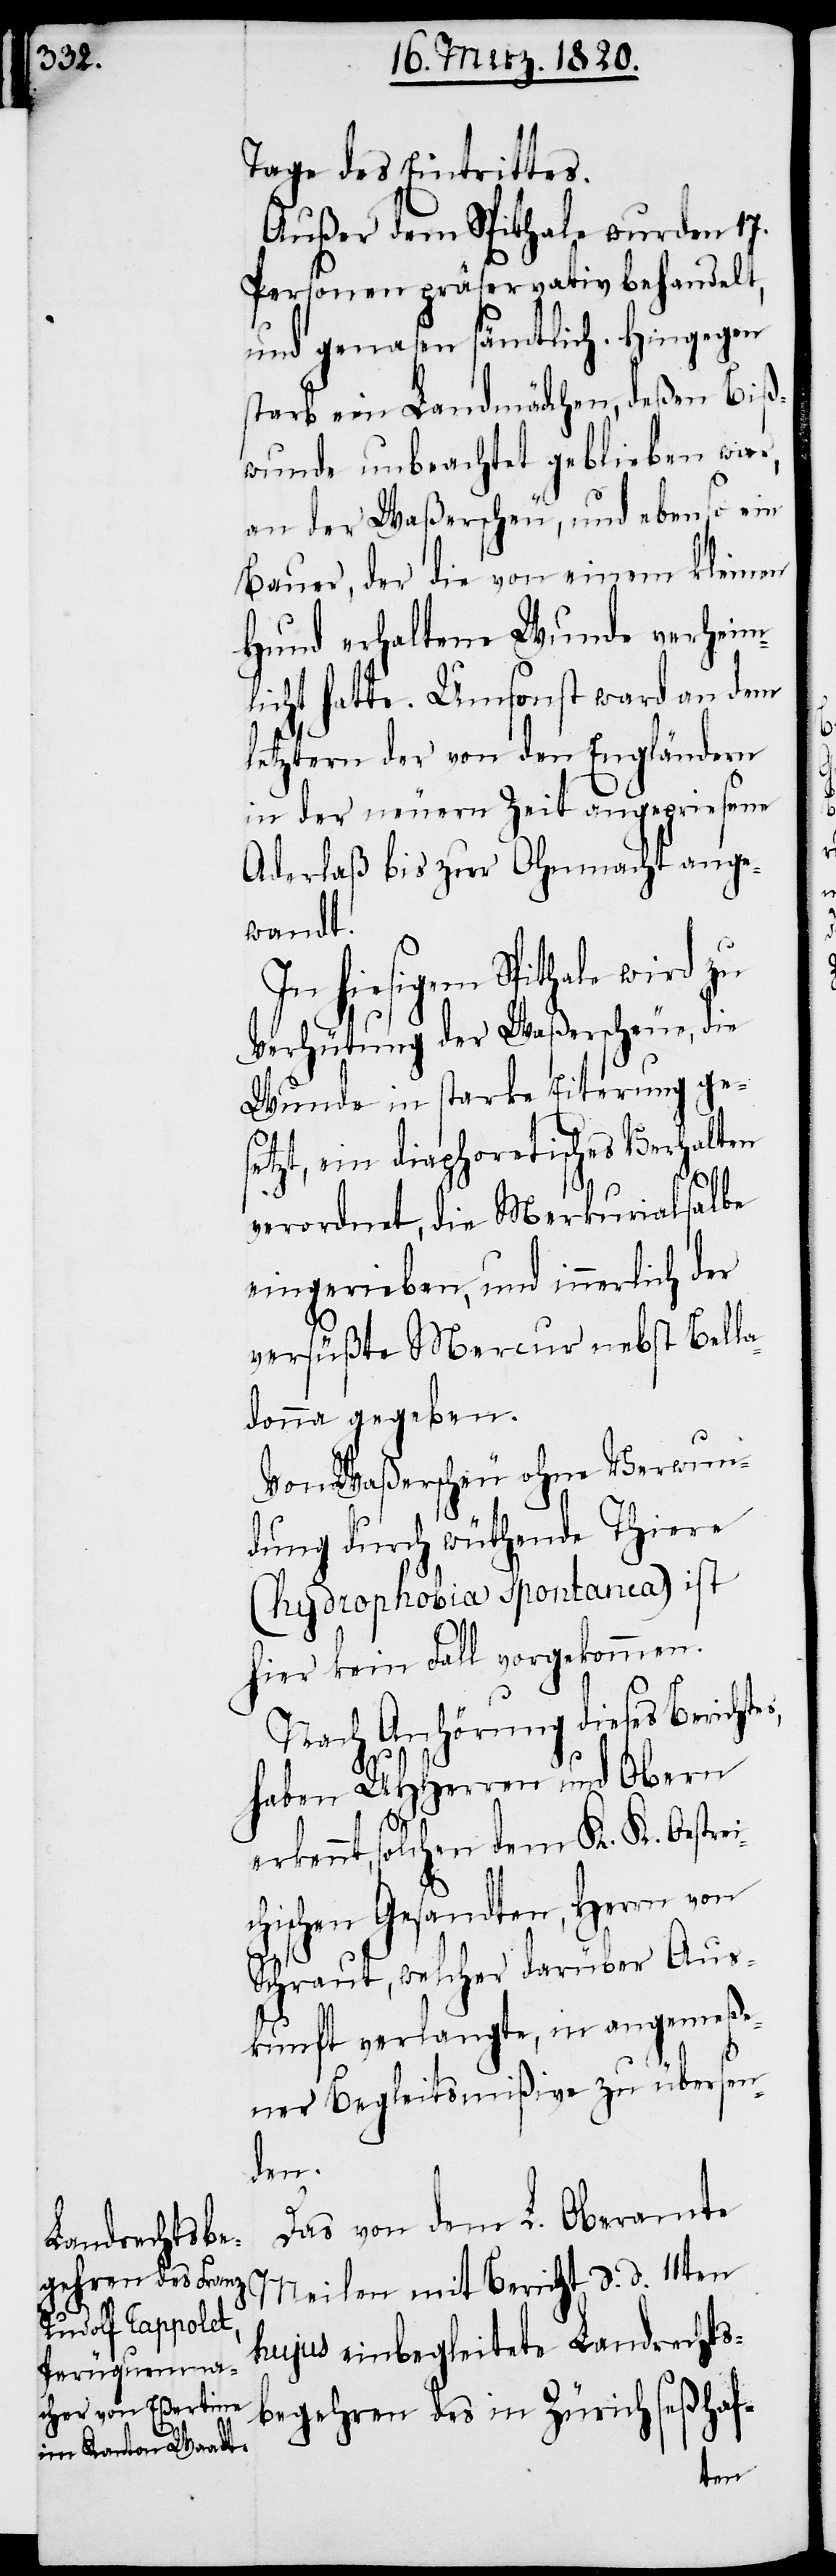
Tage des Eintrittes.
Außer dem Spithale wurden 17.
Personen präservativ behandelt,
und genasen sämtlich. Hingegen
starb ein Landmädchen, deßen Biß¬
wunde unbeachtet geblieben war,
an der Waßerscheu, und ebenso ein
Bauer, der die von einem kleinen
Hund erhaltene Wunde verheim¬
licht hatte. Umsonst ward an dem
letztern der von den Engländern
in der neuern Zeit angepriesene
Aderlaß bis zur Ohnmacht ange¬
wandt.
hiesigem Spithale wird
Verhütung der Waßerscheue, die
Wunde in starke Eiterung ge¬
setzt, ein diaphoretisches Verhalten
verordnet, die Merkurialsalbe
eingerieben, und innerlich der
versüßte Mercur nebst Bell¬
adonna gegeben.
Von Waßerscheu ohne Verwun¬
dung durch wüthende Thiere
(hydrophobia spontanea) ist
hier kein Fall vorgekommen.
Nach Anhörung dieses Berichte¬
haben UHHerren und Obern
s,
erkennt, solchen dem K. K. Oestrei¬
chischen Gesandten, Herrn von
Schraut, welcher darüber Aus¬
kunft verlangte, in angemeße¬
ner Begleitsmißive zu übersen¬
den.
Das von dem L. Oberamte
Meilen mit Bericht d. d. 11ten
hujus einbegleitete Landrechts¬
begehren des in Zürich seßhaf-